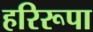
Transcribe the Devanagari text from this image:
हरिरूपा